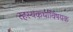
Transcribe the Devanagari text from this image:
रहस्यकथाविषयक